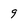
Character: 9